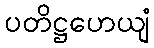
ပတိဋ္ဌဟေယျံ